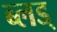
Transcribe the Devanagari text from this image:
ब्लड्